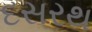
દસરથ